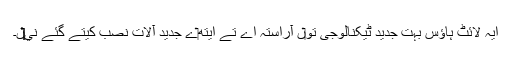
ایہ لائٹ ہاؤس بہت جدید ٹیکنالوجی تو‏ں آراستہ اے تے ایتھ‏ے جدید آلات نصب کيتے گئے ني‏‏‏‏ں۔